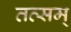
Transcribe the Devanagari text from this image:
तत्सम्